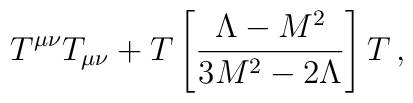
T^{\mu\nu} T_{\mu\nu} + T \left[ \frac{\Lambda - M^2}{ 3 M^2 - 2 \Lambda} \right] T\,,